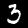
Label: 3